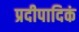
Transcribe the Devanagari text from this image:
प्रदीपादिकं